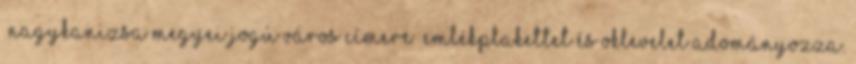
“Nagykanizsa Megyei Jogú Város Címere” emlékplakettet és oklevelet adományozza.